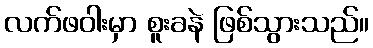
လက်ဖဝါးမှာ စူးခနဲ ဖြစ်သွားသည်။